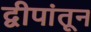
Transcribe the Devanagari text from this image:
द्वीपांतून